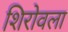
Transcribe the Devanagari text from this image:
शिरोवला